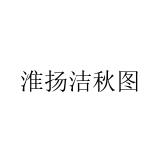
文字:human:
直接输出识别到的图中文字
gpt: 淮扬洁秋图